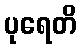
ပုရေတိ